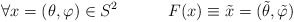
\begin{align*}\forall x=(\theta ,\varphi ) \in S^{2} \hspace*{.5in}F(x) \equiv \tilde{x}=(\tilde{\theta},\tilde{\varphi})\end{align*}